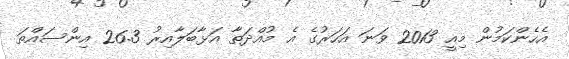
އެހެންކަމުން މިއީ 2013 ވަނަ އަހަރުގެ އެ މުއްދަތާ އަޅާބަލާއިރު 26.3 އިންސައްތަ